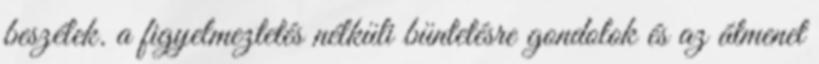
beszélek. a figyelmeztetés nélküli büntetésre gondolok és az átmenet